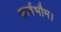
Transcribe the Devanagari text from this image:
सार्वभौम।